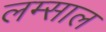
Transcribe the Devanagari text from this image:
लम्साल